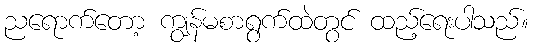
ညရောက်တော့ ကျွန်မစာရွက်ထဲတွင် ထည့်ရေးပါသည်။